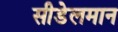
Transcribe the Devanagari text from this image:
सीडेलमान